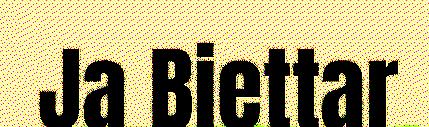
Ja Biettar